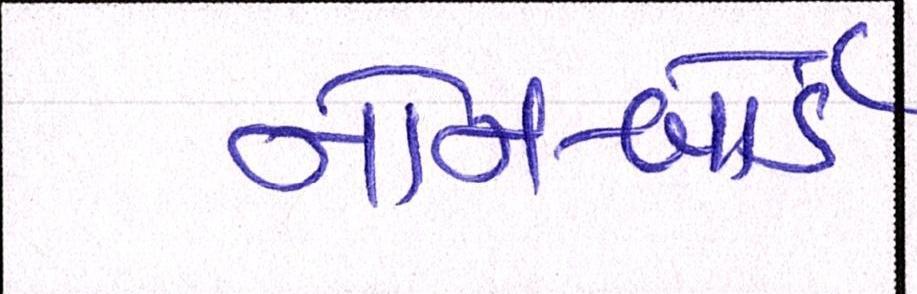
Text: નોન-બોર્ડ